system: You are a helpful assistant.
user:
Analyze the provided spectrum to determine if it is a **Carbon Star (C-type)**.

- **Key Visual Indicators of Carbon Star:**
    - **(Primary):** Strong molecular absorption from **C₂ (diatomic carbon) "Swan Bands."** This is the **defining feature** of a carbon star.
        - **(Key Bandheads):** Sharp absorption edges are visible at approximately $5635$ Å, $5165$ Å (the strongest band), and $4737$ Å.
        - **(Line Profile):** Creates a distinct **"saw-tooth"** pattern. The key morphology is a sharp, steep bandhead on the **red (long-wavelength) side**, which then gradually tapers off (i.e., flux recovers) towards the **blue (short-wavelength) side**. *(This is the direct opposite of the TiO bands seen in M-type stars)*.

    - **(Secondary):** Intense **CN (cyanogen)** molecular absorption bands.
        - **(Key Bandheads):** Located in the blue and violet regions of the spectrum (e.g., near $4215$ Å and $3883$ Å).
        - **(Morphology):** These bands are extremely broad and act as a "blanket," absorbing the vast majority of blue and violet light. This creates a characteristic **"cliff"** or **"steep drop-off"** in the spectrum's flux at short wavelengths.

    - **(Key Confirmation):** Strong **CH absorption band (G-band)**.
        - **(Key Bandhead):** Located around $4300$ Å. The contribution from CH molecules to this band is exceptionally strong.

    - **(Overall Spectrum):**
        - The continuum is severely "chopped up" by these deep molecular bands, especially C₂, rather than appearing as a smooth curve.
        - Due to the heavy CN and C₂ absorption in the blue-green, the vast majority of the star's flux is concentrated in the red part of the spectrum, giving the star its characteristic deep red color.

Think first, call **spectral_visualization_tool** if needed to examine features in detail, then provide your final answer. Your response must adhere to the following strict rules:
1.  **Overall Structure:** Your response must follow the format `<think>...</think> <tool_call>...</tool_call> (if a tool is used) <answer>...</answer>`.
2.  **Tool Usage Constraint:** You may only make **one** tool call per turn.
3.  **Final Answer Format:** In the `<answer>` tag, your conclusion must be inside a `\boxed{}` command (e.g., `\boxed{YES}`), followed by your justification.

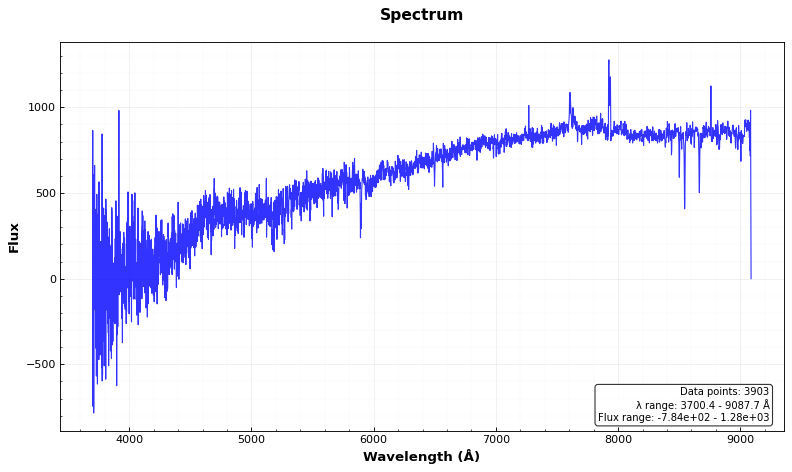
Answer: NO